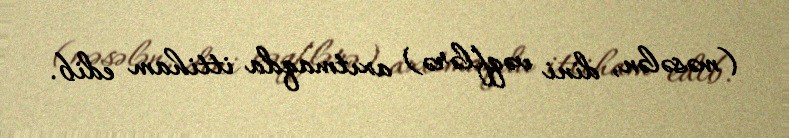
(məsələn, dini vəqflərə) axıtmaqda ittiham edib.